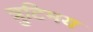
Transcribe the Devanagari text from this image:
त्रुटिमय